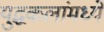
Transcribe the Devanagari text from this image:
युद्धकलांमध्ये